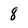
Character: 8